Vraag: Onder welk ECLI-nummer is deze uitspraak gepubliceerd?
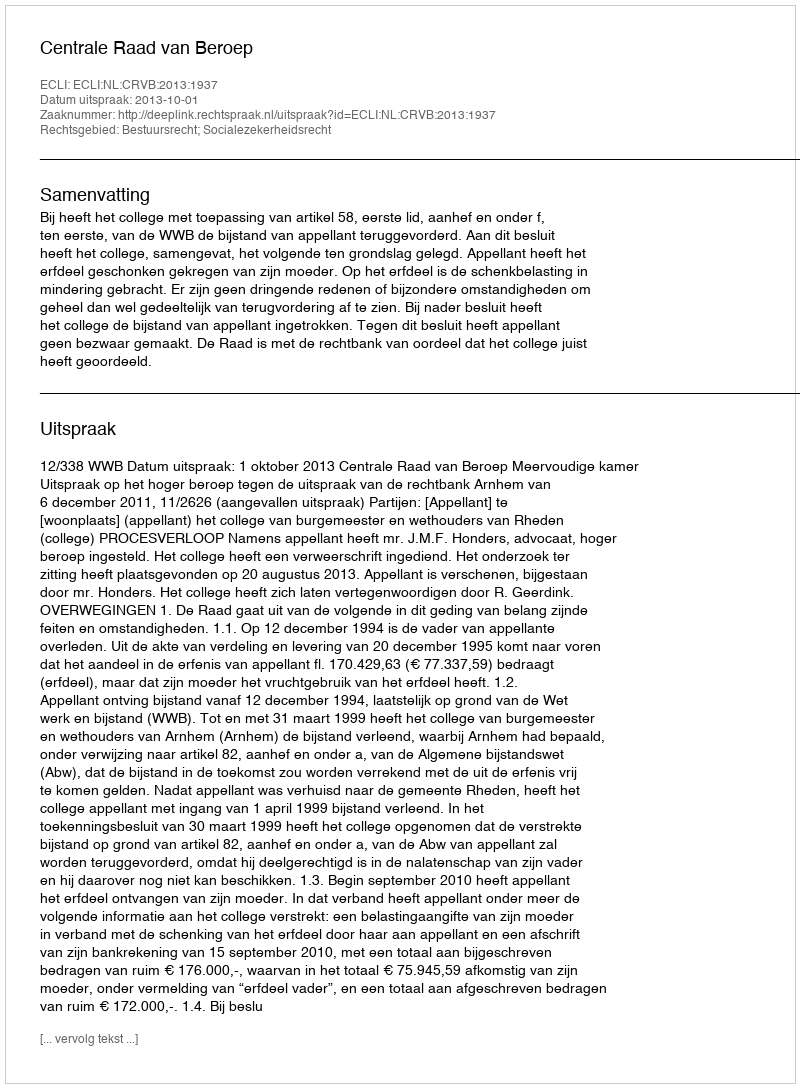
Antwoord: ECLI:NL:CRVB:2013:1937